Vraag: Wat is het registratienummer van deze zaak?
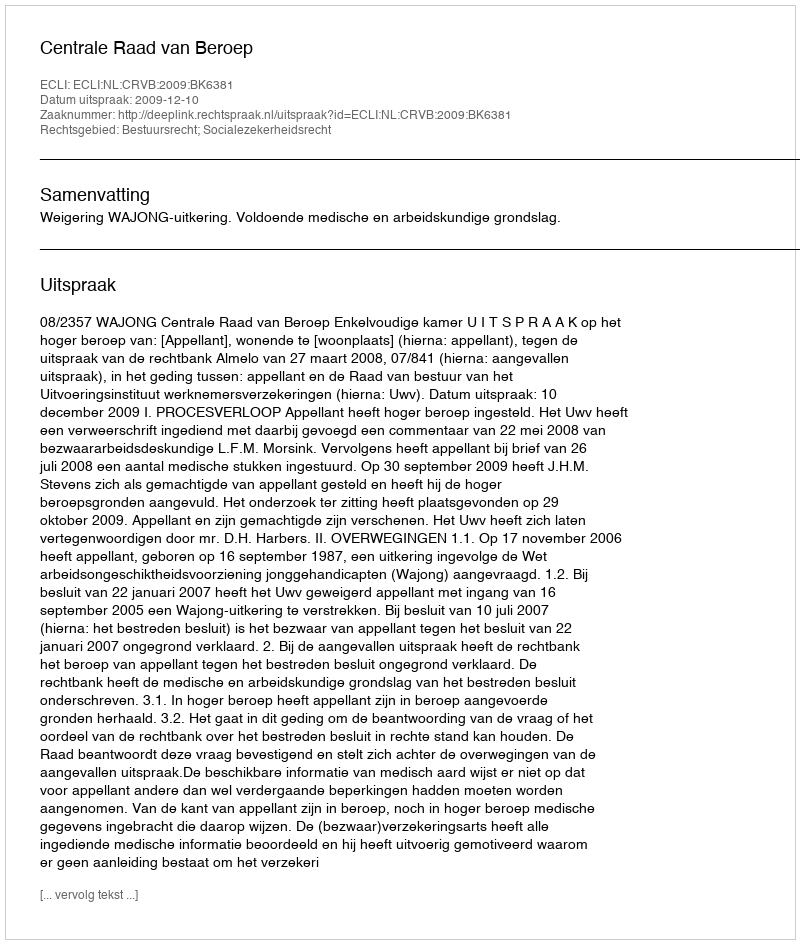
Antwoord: http://deeplink.rechtspraak.nl/uitspraak?id=ECLI:NL:CRVB:2009:BK6381